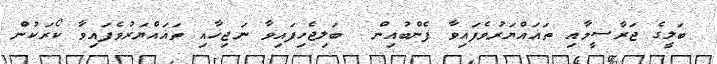
ބަލީގެ ޖަރާސީމާއި ތަޣައްޔަރުވެފައިވާ ފެންބުއިން  ބަލިޖެހިފައިވާ ނަޖިހާއި ތަޣައްޔަރުވެފައިވާ ކޯރަކުން